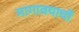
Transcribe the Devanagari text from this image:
मागावयाची